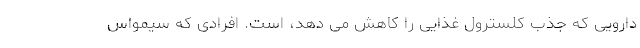
دارویی که جذب کلسترول غذایی را کاهش می دهد، است. افرادی که سیمواس